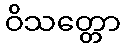
ဝိသတ္တော